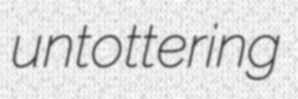
untottering